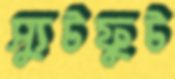
স্যুটফুট